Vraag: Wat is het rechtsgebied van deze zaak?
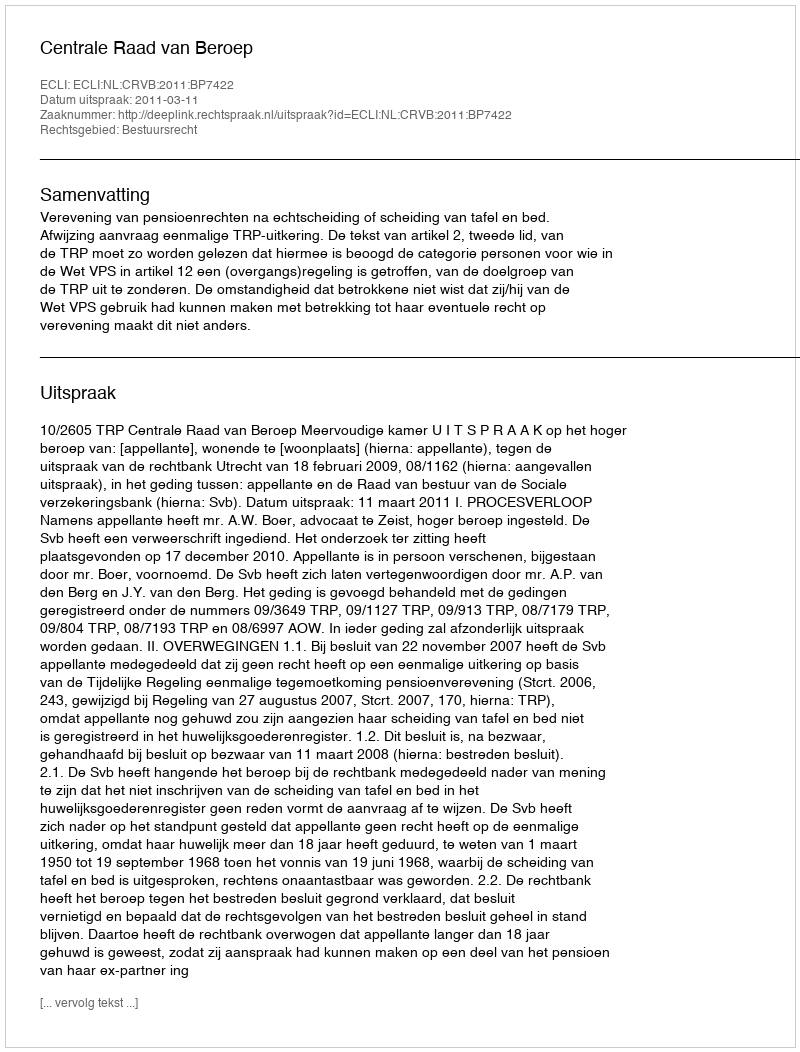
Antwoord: Bestuursrecht